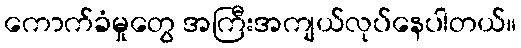
ကောက်ခံမှုတွေ အကြီးအကျယ်လုပ်နေပါတယ်။